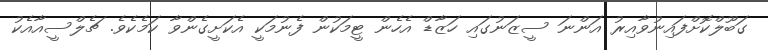
ގަބޫލްކޮށްފައިނުވާއިރު އަންނަ ސީޒަނުގައި ހަޒާޑް އެހެން ޓީމަކުން ފެނުމަކީ އެކަށީގެންވާ ކަމެކެވެ. ޗެލްސީއާއެކު